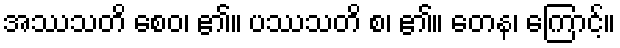
အဿသတိ စေဝ၊ ၏။ ပဿသတိ စ၊ ၏။ တေန၊ ကြောင့်။